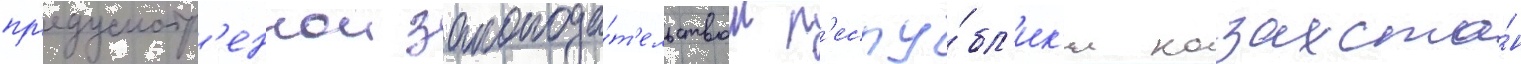
пр'едусмотр'еннои законода́т'ельством р'еспу́бл'ик'и казахста́н